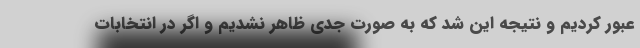
عبور کردیم و نتیجه این شد که به صورت جدی ظاهر نشدیم و اگر در انتخابات